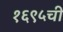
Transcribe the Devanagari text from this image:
१६९५ची